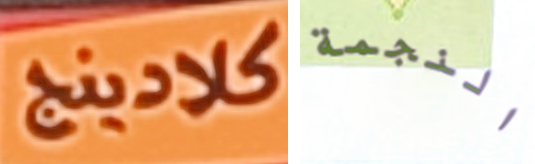
كلادينج النجمة